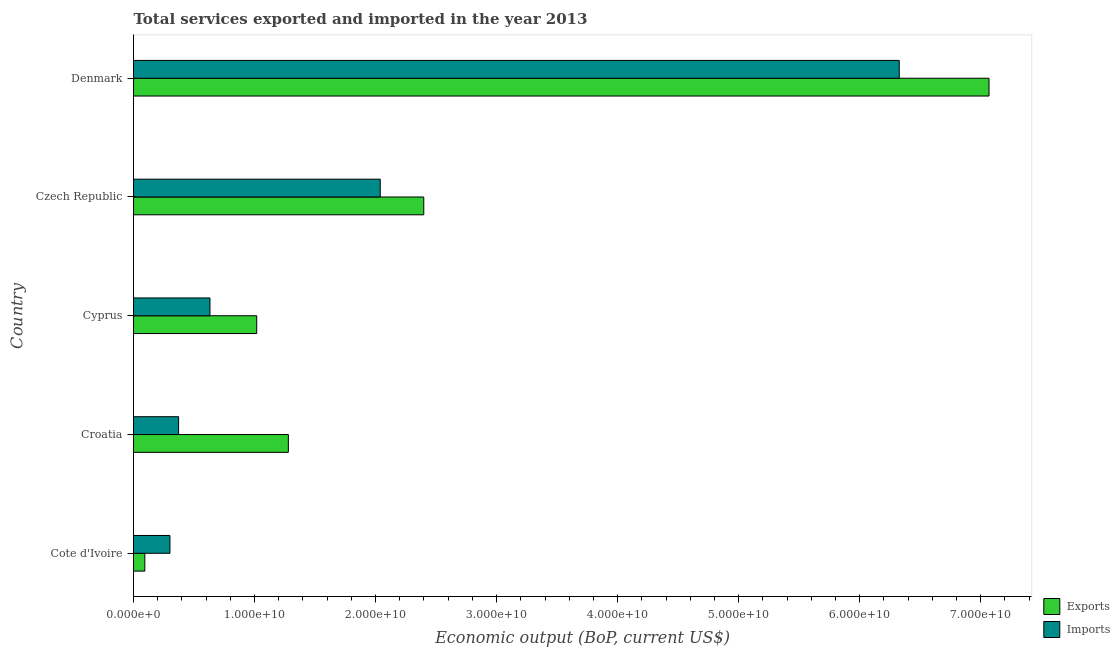
| Country | Exports | Imports |
 | --- | --- | --- |
 | Cote d'Ivoire | 9.35e+08 | 3.01e+09 |
 | Croatia | 1.28e+10 | 3.73e+09 |
 | Cyprus | 1.02e+10 | 6.32e+09 |
 | Czech Republic | 2.4e+10 | 2.04e+10 |
 | Denmark | 7.07e+10 | 6.33e+10 |